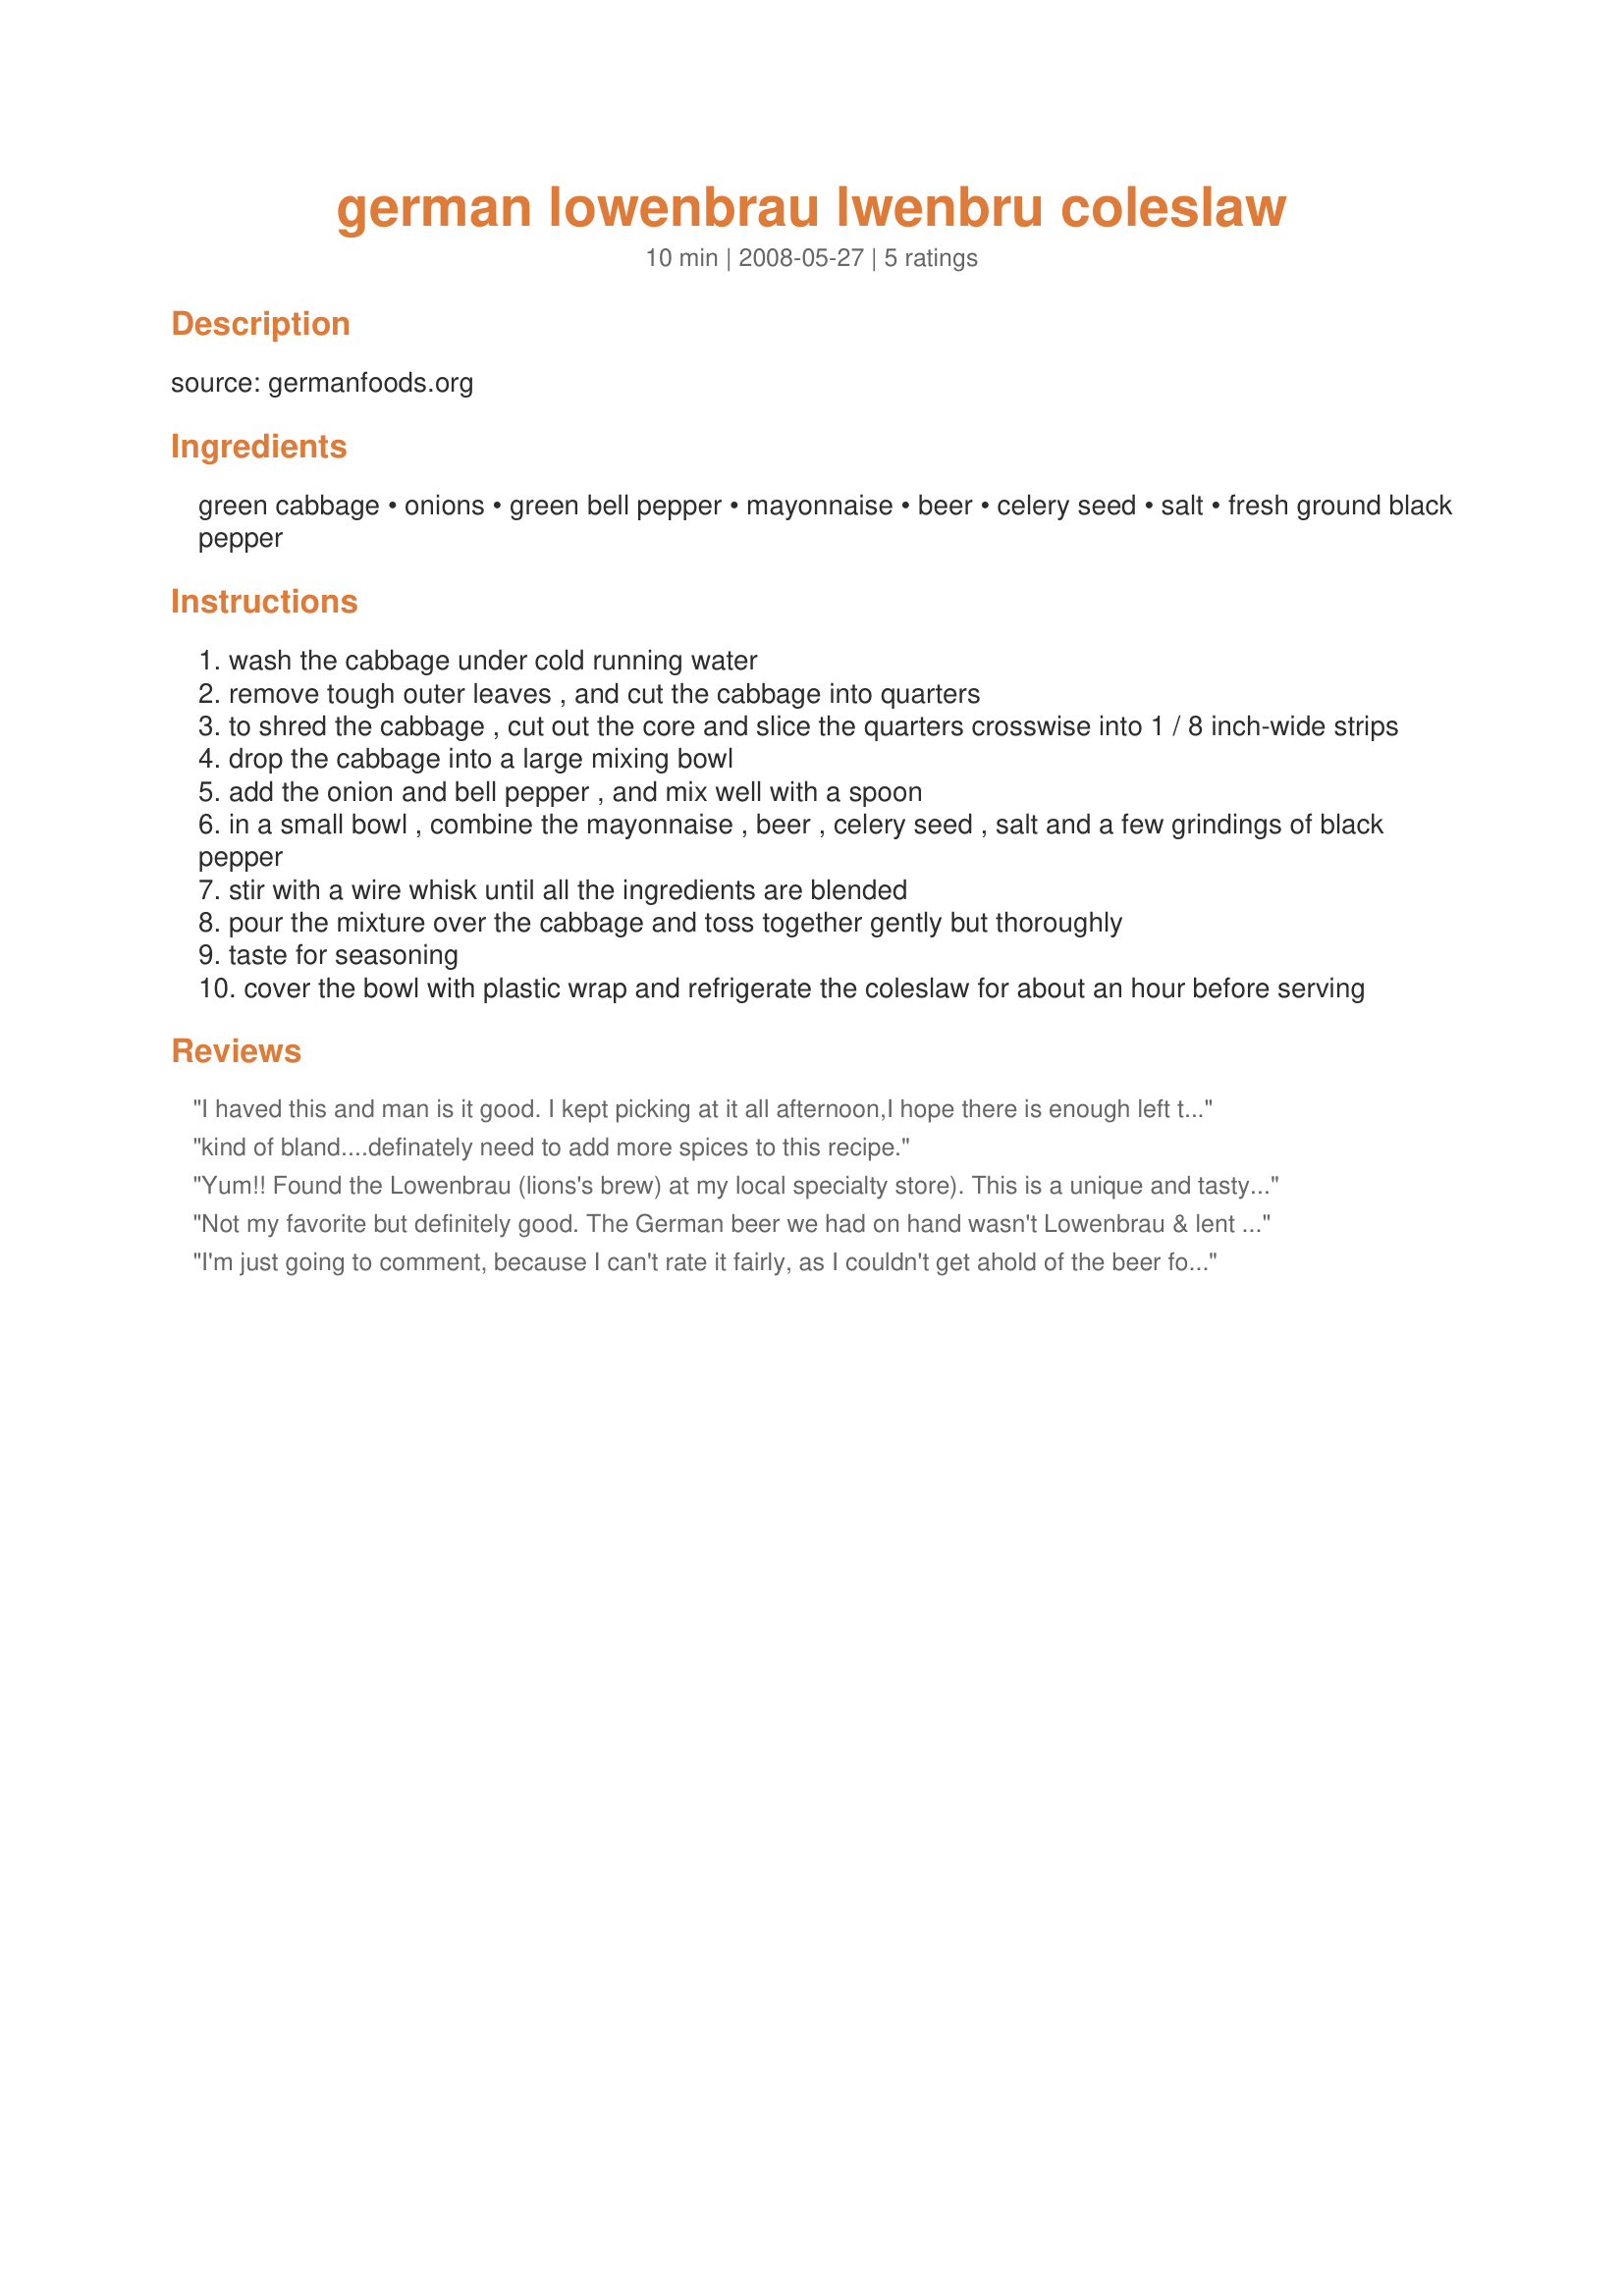
german lowenbrau lwenbru coleslaw
Preparation time: 10 minutes

source: germanfoods.org

Ingredients:
green cabbage, onions, green bell pepper, mayonnaise, beer, celery seed, salt, fresh ground black pepper

Steps:
wash the cabbage under cold running water
remove tough outer leaves , and cut the cabbage into quarters
to shred the cabbage , cut out the core and slice the quarters crosswise into 1 / 8 inch-wide strips
drop the cabbage into a large mixing bowl
add the onion and bell pepper , and mix well with a spoon
in a small bowl , combine the mayonnaise , beer , celery seed , salt and a few grindings of black pepper
stir with a wire whisk until all the ingredients are blended
pour the mixture over the cabbage and toss together gently but thoroughly
taste for seasoning
cover the bowl with plastic wrap and refrigerate the coleslaw for about an hour before serving

Reviews:
I haved this and man is it good. I kept picking at it all afternoon,I hope there is enough left to get a decent photo. Now I just have to find a way to use up the rest of the beer:) Made for ZWT$ for the Chic Chefs.
kind of bland....definately need to add more spices to this recipe.
Yum!! Found the Lowenbrau (lions's brew) at my local specialty store). This is a unique and tasty coleslaw - thank you for sharing!
Not my favorite but definitely good. The German beer we had on hand wasn't Lowenbrau & lent a bitter taste to the dressing. Otherwise, it was great & easy enough for a kid to make, lol. Made for the Kid Friendly challenge of ZWT4. :)
I'm just going to comment, because I can't rate it fairly, as I couldn't get ahold of the beer for this recipe. So I made it using lemon juice and halved the recipe. I really enjoyed it, but realize the beer is what makes this recipe unique. Thanks anyway for a great coleslaw!
